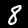
Label: 8